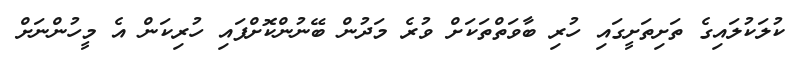
ކުލަކުލައިގެ ތަށިތަށީގައި ހުރި ބާވަތްތަކަށް ވުރެ މަދުން ބޭނުންކޮށްފައި ހުރިކަން އެ މީހުންނަށް